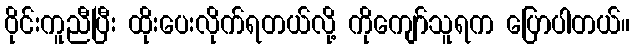
ဝိုင်းကူညီပြီး ထိုးပေးလိုက်ရတယ်လို့ ကိုကျော်သူရက ပြောပါတယ်။